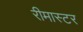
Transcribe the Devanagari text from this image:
रीमास्टर